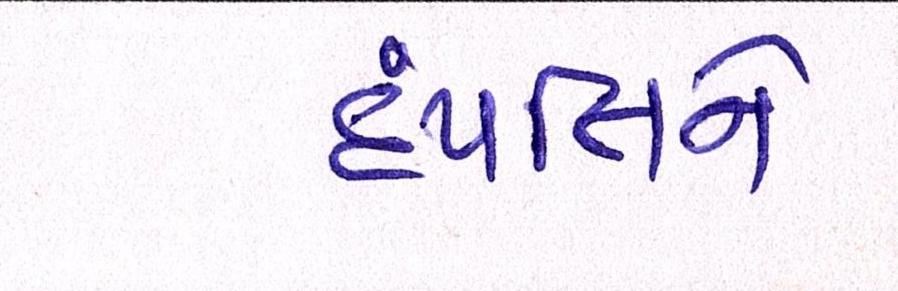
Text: દંપત્તિને